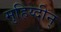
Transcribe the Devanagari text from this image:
मुहिय्दीन्